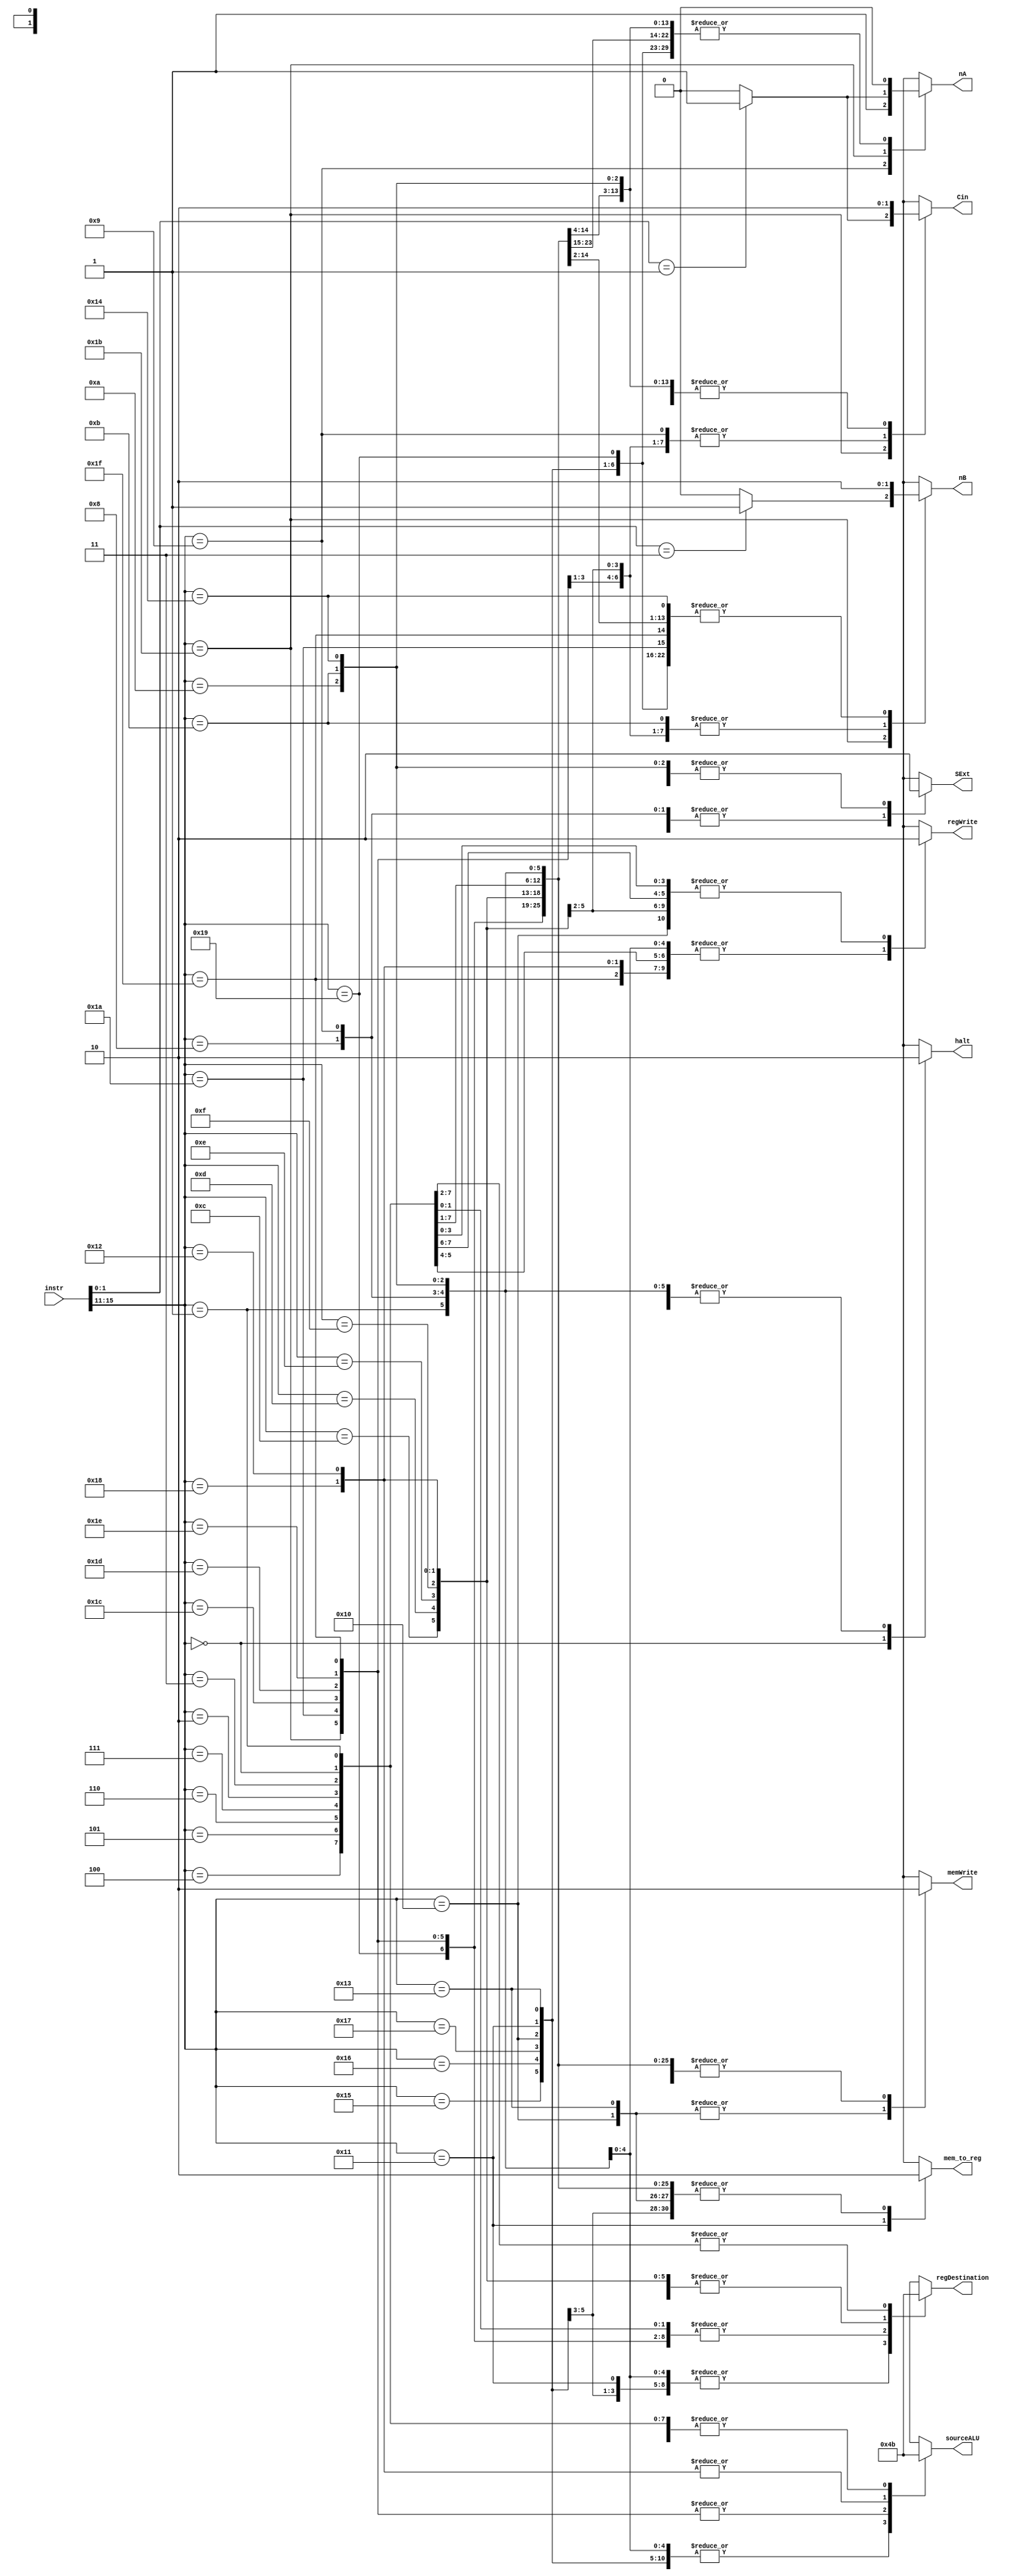
module control(instr, sourceALU, regDestination, memWrite, regWrite, mem_to_reg, nA, nB, Cin, SExt, halt);
  // --- Inputs ---
  input [15:0] instr;

  // --- Outputs ---
  output reg [1:0] sourceALU;
  output reg [1:0] regDestination;
  output reg memWrite, regWrite, mem_to_reg;
  output reg nA, nB, Cin;
  output reg SExt;
  output reg halt;

  // --- Code ---
  always @(*) begin
    sourceALU = 2'b11; // Zero
    regDestination = 2'b11; // R7
    memWrite = 1'b0;
    regWrite = 1'b0;
    mem_to_reg = 1'b0;
    nA = 1'b0;
    nB = 1'b0;
    Cin = 1'b0;
    SExt = 1'b0;
    halt = 1'b0;

    case ({instr[15:11]})
      5'b00000: begin // --- HALT ---
        regDestination = 2'b00; // instr[4:2]
        halt = 1'b1;
      end
      5'b00001: begin // --- NOP ---
        regDestination = 2'b00; // instr[4:2]
      end
      5'b01000: begin // --- ADDI Rd, Rs, immediate ---
        sourceALU = 2'b01; // imm[4:0]
        regDestination = 2'b01; // instr[7:5]
        regWrite = 1'b1;
        SExt = 1'b1;
      end
      5'b01001: begin // --- SUBI Rd, Rs, immediate ---
        sourceALU = 2'b01; // imm[4:0]
        regDestination = 2'b01; // instr[7:5]
        regWrite = 1'b1;
        nA = 1'b1;
        Cin = 1'b1;
        SExt = 1'b1;
      end
      5'b01010: begin // --- XORI Rd, Rs, immediate ---
        sourceALU = 2'b01; // imm[4:0]
        regDestination = 2'b01; // instr[7:5]
        regWrite = 1'b1;
      end
      5'b01011: begin // --- ANDNI Rd, Rs, immediate ---
        sourceALU = 2'b01; // imm[4:0]
        regDestination = 2'b01; // instr[7:5]
        regWrite = 1'b1;
        nB = 1'b1;
      end
      5'b10100: begin // --- ROLI Rd, Rs, immediate ---
        sourceALU = 2'b01; // imm[4:0]
        regDestination = 2'b01; // instr[7:5]
        regWrite = 1'b1;
      end
      5'b10101: begin // --- SLLI Rd, Rs, immediate ---
        sourceALU = 2'b01; // imm[4:0]
        regDestination = 2'b01; // instr[7:5]
        regWrite = 1'b1;
      end
      5'b10110: begin // --- RORI Rd, Rs, immediate ---
        sourceALU = 2'b01; // imm[4:0]
        regDestination = 2'b01; // instr[7:5]
        regWrite = 1'b1;
      end
      5'b10111: begin // --- SRLI Rd, Rs, immediate ---
        sourceALU = 2'b01; // imm[4:0]
        regDestination = 2'b01; // instr[7:5]
        regWrite = 1'b1;
      end
      5'b10000: begin // --- ST Rd, Rs, immediate ---
        sourceALU = 2'b01; // imm[4:0]
        regDestination = 2'b10; // instr[10:8]
        memWrite = 1'b1;
        SExt = 1'b1;
      end
      5'b10001: begin // --- LD Rd, Rs, immediate ---
        sourceALU = 2'b01; // imm[4:0]
        regDestination = 2'b01; // instr[7:5]
        regWrite = 1'b1;
        mem_to_reg = 1'b1;
        SExt = 1'b1;
      end
      5'b10011: begin // --- STU Rd, Rs, immediate ---
        sourceALU = 2'b01; // imm[4:0]
        regDestination = 2'b10; // instr[10:8]
        memWrite = 1'b1;
        regWrite = 1'b1;
        SExt = 1'b1;
      end
      5'b11001: begin // --- BTR Rd, Rs ---
        sourceALU = 2'b11; // Zero
        regDestination = 2'b00; // instr[4:2]
        regWrite = 1'b1;
      end
      5'b11011: begin // --- ADD/SUB/XOR/ANDN ---
        sourceALU = 2'b00; // Rt
        regDestination = 2'b00; // instr[4:2]
        regWrite = 1'b1;
        nA = (instr[1:0] == 2'b01) ? 1'b1 : 1'b0;
        nB = (instr[1:0] == 2'b11) ? 1'b1 : 1'b0;
        Cin = (instr[1:0] == 2'b01) ? 1'b1 : 1'b0;
      end
      5'b11010: begin // --- ROL/SLL/ROR/SRL ---
        sourceALU = 2'b00; // Rt
        regDestination = 2'b00; // instr[4:2]
        regWrite = 1'b1;
      end
      5'b11100: begin // --- SEQ Rd, Rs, Rt ---
        sourceALU = 2'b00; // Rt
        regDestination = 2'b00; // instr[4:2]
        regWrite = 1'b1;
        nB = 1'b1;
        Cin = 1'b1;
      end
      5'b11101: begin // --- SLT Rd, Rs, Rt ---
        sourceALU = 2'b00; // Rt
        regDestination = 2'b00; // instr[4:2]
        regWrite = 1'b1;
        nB = 1'b1;
        Cin = 1'b1;
      end
      5'b11110: begin // --- SLE Rd, Rs, Rt ---
        sourceALU = 2'b00; // Rt
        regDestination = 2'b00; // instr[4:2]
        regWrite = 1'b1;
        nB = 1'b1;
        Cin = 1'b1;
      end
      5'b11111: begin // --- SCO Rd, Rs, Rt ---
        sourceALU = 2'b00; // Rt
        regDestination = 2'b00; // instr[4:2]
        regWrite = 1'b1;
      end
      5'b01100: begin // --- BEQZ Rs, immediate ---
        regDestination = 2'b10; // instr[10:8]
        nB = 1'b1;
        Cin = 1'b1;
      end
      5'b01101: begin // --- BNEZ Rs, immediate ---
        regDestination = 2'b10; // instr[10:8]
        nB = 1'b1;
        Cin = 1'b1;
      end
      5'b01110: begin // --- BLTZ Rs, immediate ---
        regDestination = 2'b10; // instr[10:8]
        nB = 1'b1;
        Cin = 1'b1;
      end
      5'b01111: begin // --- BGEZ Rs, immediate ---
        regDestination = 2'b10; // instr[10:8]
        nB = 1'b1;
        Cin = 1'b1;
      end
      5'b11000: begin // --- LBI Rs, immediate ---
        sourceALU = 2'b10; // imm[7:0]
        regDestination = 2'b10; // instr[10:8]
        regWrite = 1'b1;
        SExt = 1'b1;
      end
      5'b10010: begin // --- SLBI Rs, immediate ---
        sourceALU = 2'b10; // imm[7:0]
        regDestination = 2'b10; // instr[10:8]
        regWrite = 1'b1;
      end
      5'b00100: begin // --- J displacement ---
        // Change Nothing
      end
      5'b00101: begin // --- JR Rs, immediate ---
        // Change Nothing
      end
      5'b00110: begin // --- JAL displacement ---
        regWrite = 1'b1;
      end
      5'b00111: begin // --- JALR Rs, immediate ---
        regWrite = 1'b1;
      end
      5'b00010: begin // --- siic Rs ---
        // To Do
      end
      5'b00011: begin // --- NOP / RTI ---
        // Do nothing
      end
      default: begin
        // Do nothing
      end
    endcase
  end
endmodule